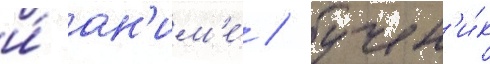
и́ ан'им'е́ / учен'и́к